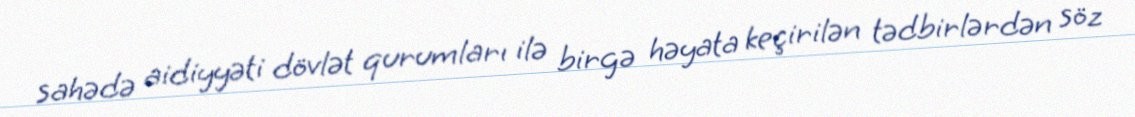
sahədə aidiyyəti dövlət qurumları ilə birgə həyata keçirilən tədbirlərdən söz